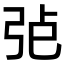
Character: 𢏍